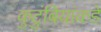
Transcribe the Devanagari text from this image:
कुटुंबियांकडे